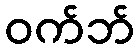
ဝက်ဘ်